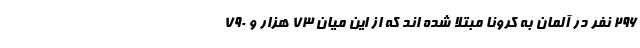
۲۹۶ نفر در آلمان به کرونا مبتلا شده اند که از این میان ۷۳ هزار و ۷۹۰